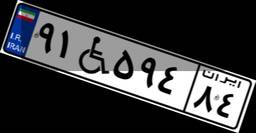
۴۲W۸۸۶۱۱